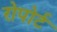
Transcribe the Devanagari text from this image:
रोपोर्ट